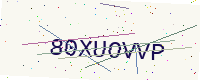
Text: 80XUOVVP